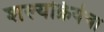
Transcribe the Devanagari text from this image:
शल्यक्रियेचा